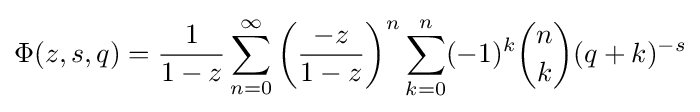
\Phi (z,s,q)={\frac {1}{1-z}}\sum _{n=0}^{\infty }\left({\frac {-z}{1-z}}\right)^{n}\sum _{k=0}^{n}(-1)^{k}{\binom {n}{k}}(q+k)^{-s}